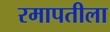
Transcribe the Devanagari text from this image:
रमापतीला